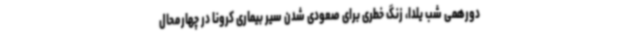
دورهمی شب یلدا، زنگ خطری برای صعودی شدن سیر بیماری کرونا در چهارمحال